Indian journal of veterinary science and animal husbandry - Volumes 18-21, 1948-1951
Year: 1948
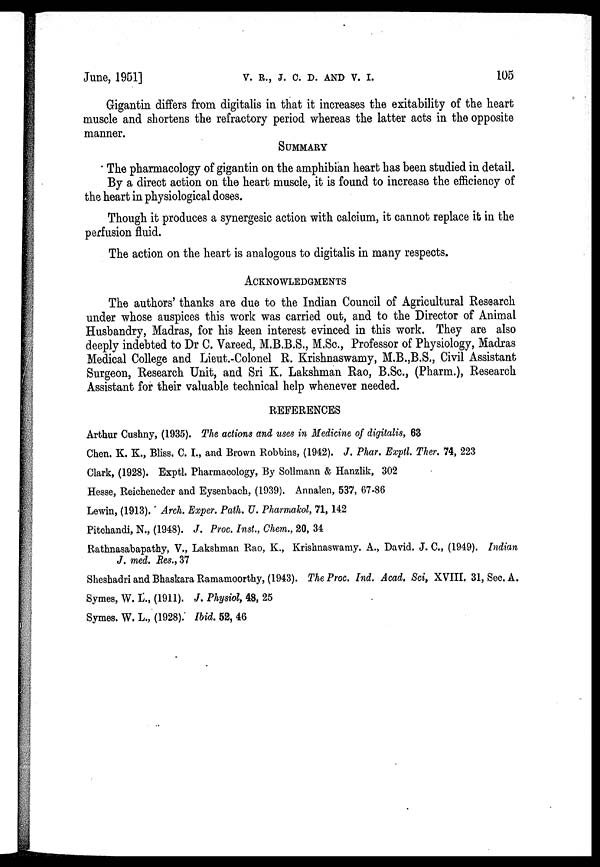
June, 1951]
V,
R.,
J.
C.
D.
AND
V.
I.
105
Gigantin differs from digitalis in that it increases the exitability of the heart
muscle and shortens the refractory period whereas the latter acts in the opposite
manner.
SUMMARY
The pharmacology of gigantin on the amphibian heart has been studied in detail.
By a direct action on the heart muscle, it is found to increase the efficiency of
the heart in physiological doses.
Though it produces a synergesic action with calcium, it cannot replace it in the
perfusion fluid.
The action on the heart is analogous to digitalis in many respects.
ACKNOWLEDGMENTS
The authors' thanks are due to the Indian Council of Agricultural Research
under whose auspices this work was carried out, and to the Director of Animal
Husbandry, Madras, for his keen interest evinced in this work. They are also
deeply indebted to Dr C. Vareed, M.B.B.S., M.Sc., Professor of Physiology, Madras
Medical College and Lieut.-Colonel R. Krishnaswamy, M.B.,B.S., Civil Assistant
Surgeon, Research Unit, and Sri K. Lakshman Rao, B.Sc., (Pharm.), Research
Assistant for their valuable technical help whenever needed.
REFERENCES
Arthur Cushny, (1935). The actions and uses in Medicine of digitalis, 63
Chen. K. K., Bliss. C. I., and Brown Robbins, (1942). J. Phar. Exptl. Ther. 74, 223
Clark, (1928). Exptl. Pharmacology, By Sollmann & Hanzlik, 302
Hesse, Reicheneder and Eysenbach, (1939). Annalen, 537, 67-86
Lewin, (1913). Arch. Exper. Path. U. Pharmakol, 71, 142
Pitchandi, N., (1948). J. Proc. Inst., Chem., 20, 34
Rathnasabapathy, V., Lakshman Rao, K., Krishnaswamy. A., David. J. C., (1949). Indian
J. med. Res., 37
Sheshadri and Bhaskara Ramamoorthy, (1943). The Proc. Ind. Acad. Sci, XVIII. 31, Sec. A.
Symes, W. L., (1911). J. Physiol, 48, 25
Symes. W. L., (1928). Ibid. 52, 46